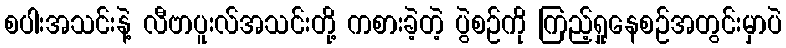
စပါးအသင်းနဲ့ လီဗာပူးလ်အသင်းတို့ ကစားခဲ့တဲ့ ပွဲစဉ်ကို ကြည့်ရှုနေစဉ်အတွင်းမှာပဲ